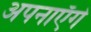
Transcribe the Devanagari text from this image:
अपनाएँगे